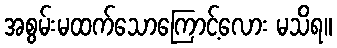
အစွမ်းမထက်သောကြောင့်လေား မသိရ။